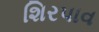
શિરપાવ